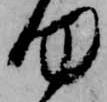
何